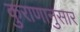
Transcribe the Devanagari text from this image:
कुराणानुसार